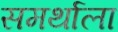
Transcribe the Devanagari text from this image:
समर्थाला